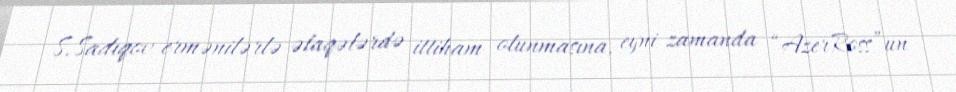
S.Sadıqov ermənilərlə əlaqələrdə ittiham olunmasına, eyni zamanda “AzerRoss”un